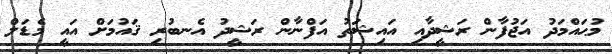
މުޙައްމަދު އަޖުފާން ރަޝީދާއި އައިޝަތު އަފްނާން ރަޝީދު އެނބުރި ޤައުމަށް އައީ މެޑަލް